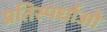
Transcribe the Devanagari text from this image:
प्रतिस्पर्धाओ